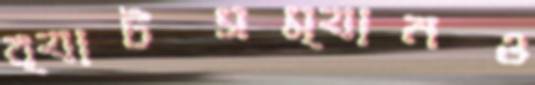
ব্যাটসম্যানও